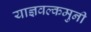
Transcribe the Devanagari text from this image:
याज्ञवल्कमुनी